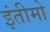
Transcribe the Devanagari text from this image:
इंतीमो